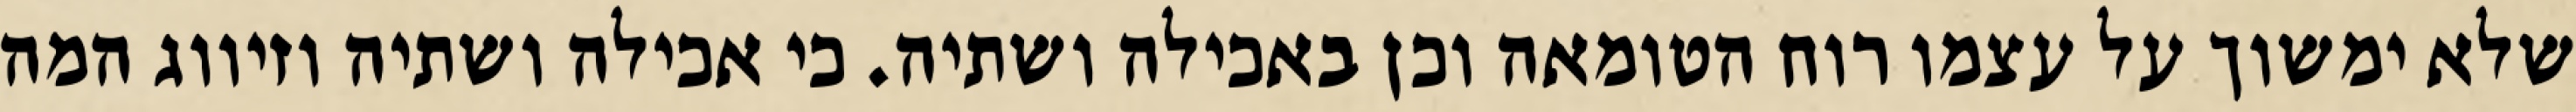
שלא ימשוך על עצמו רוח הטומאה וכן באכילה ושתיה. כי אכילה ושתיה וזיווג המה